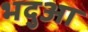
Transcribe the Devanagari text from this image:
भदुआ